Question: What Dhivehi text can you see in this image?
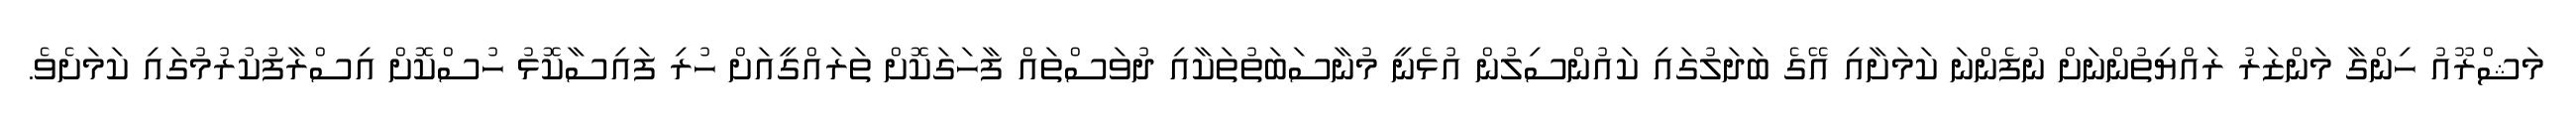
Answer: މަޝްރޫއު ހިންގާ މަންޒަރު ރައްޔިތުންނަށް ނުފެންނަ ކަމަށާއި އޭގެ ބަދަލުގައި ކައުންސިލުން އުޅެނީ މުނާސަބަތުތަކާއި ދުވަސްތައް ފާހަގަކޮށް ތަރައްގީއަށް ހުރި ފައިސާކޮޅު ހުސްކޮށް އިސްރާފުކުރުމުގައި ކަމަށެވެ.